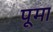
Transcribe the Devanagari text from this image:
पूमा